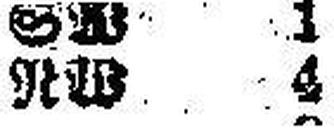
RW 4